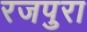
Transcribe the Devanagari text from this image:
रजपुरा